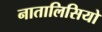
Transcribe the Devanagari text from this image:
नातालिसियो